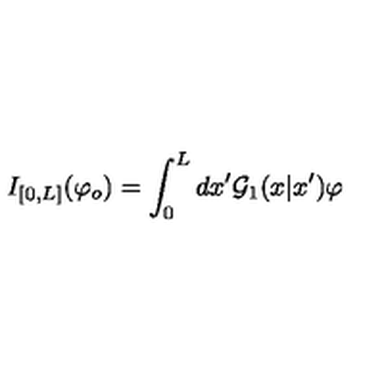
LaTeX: I _ { [ 0 , L ] } ( \varphi _ { o } ) = \int _ { 0 } ^ { L } d x ^ { \prime } { \cal G } _ { 1 } ( x | x ^ { \prime } ) \varphi